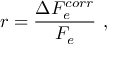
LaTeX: r = \frac { \Delta F _ { e } ^ { c o r r } } { F _ { e } } ~ ,